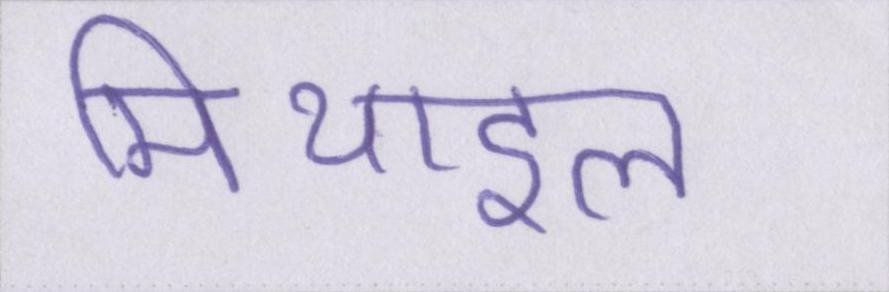
मिथाइल